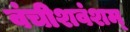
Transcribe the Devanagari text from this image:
वंचीशवंशम्